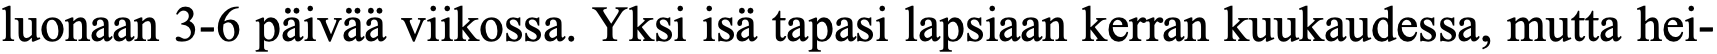
luonaan 3-6 päivää viikossa. Yksi isä tapasi lapsiaan kerran kuukaudessa, mutta hei-